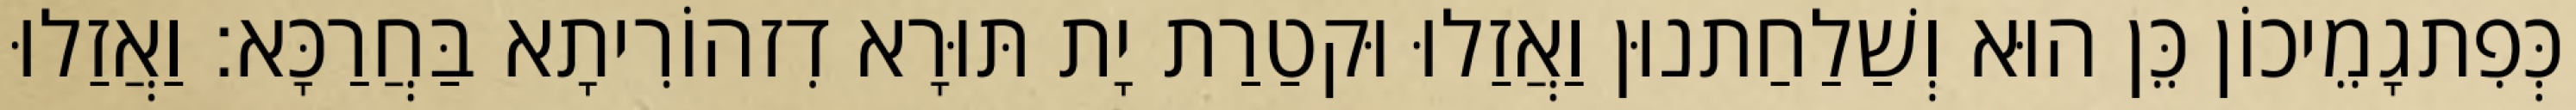
כְּפִתגָמֵיכוֹן כֵּן הוּא וְשַׁלַחַתנוּן וַאֲזַלוּ וּקטַרַת יָת תּוּרָא דִזהוֹרִיתָא בַּחֲרַכָּא׃ וַאֲזַלוּ